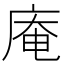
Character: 庵